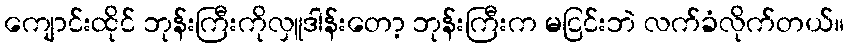
ကျောင်းထိုင် ဘုန်းကြီးကိုလှူဒါန်းတော့ ဘုန်းကြီးက မငြင်းဘဲ လက်ခံလိုက်တယ်။